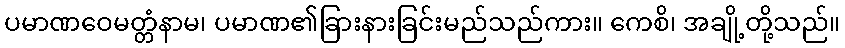
ပမာဏဝေမတ္တံနာမ၊ ပမာဏ၏ခြားနားခြင်းမည်သည်ကား။ ကေစိ၊ အချို့တို့သည်။